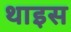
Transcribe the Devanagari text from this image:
थाइस